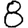
Digit: 8